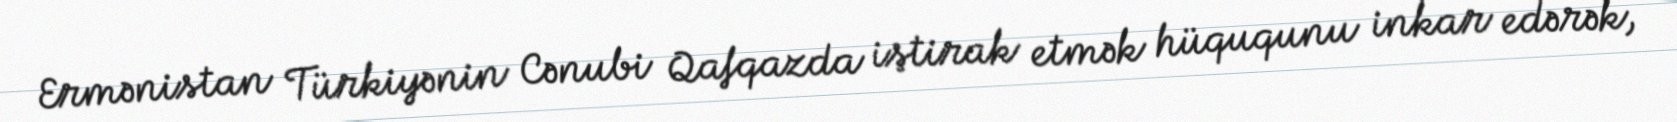
Ermənistan Türkiyənin Cənubi Qafqazda iştirak etmək hüququnu inkar edərək,